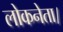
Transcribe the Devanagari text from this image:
लोकनेता।